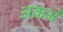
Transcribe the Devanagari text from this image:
अक्रने